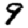
Digit: 9